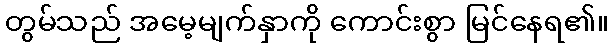
တွမ်သည် အမေ့မျက်နှာကို ကောင်းစွာ မြင်နေရ၏။